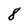
Character: 8